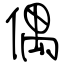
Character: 偶